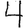
Digit: 4